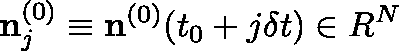
{ \bf n } _ { j } ^ { ( 0 ) } \equiv { \bf n } ^ { ( 0 ) } ( t _ { 0 } + j \delta t ) \in { \boldmath R } ^ { N }